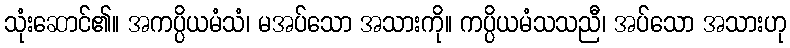
သုံးဆောင်၏။ အကပ္ပိယမံသံ၊ မအပ်သော အသားကို။ ကပ္ပိယမံသသညီ၊ အပ်သော အသားဟု